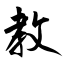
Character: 教